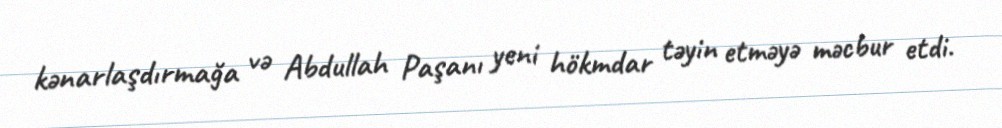
kənarlaşdırmağa və Abdullah Paşanı yeni hökmdar təyin etməyə məcbur etdi.